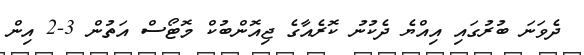
ދެވަނަ ބުރުގައި އިއްޔެ ދެކުނު ކޮރެއާގެ ޖިއޮންބުކް މޮޓޯސް އަތުން 3-2 އިން